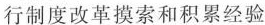
行制度改革摸索和积累经验